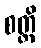
စတ္ထိ